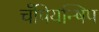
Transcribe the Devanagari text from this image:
चँपियन्षिप